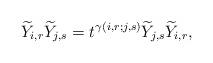
LaTeX: \begin{align*}\widetilde{Y}_{i, r}\widetilde{Y}_{j, s}=t^{\gamma(i, r; j, s)}\widetilde{Y}_{j, s}\widetilde{Y}_{i, r},\end{align*}